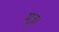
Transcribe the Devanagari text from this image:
मूत्र।